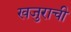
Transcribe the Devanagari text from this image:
खजुराची